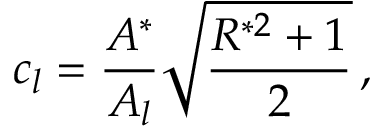
c _ { l } = \frac { A ^ { * } } { A _ { l } } \sqrt { \frac { R ^ { * 2 } + 1 } { 2 } } \, ,